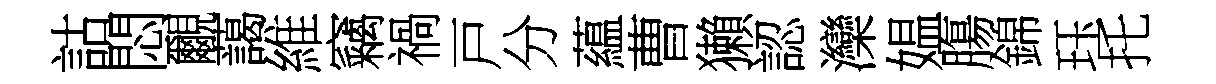
詁悶覼藹維竊禍戸分藴曹獺認灤媪膓錦珏托